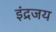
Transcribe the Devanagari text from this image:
इंद्रजय